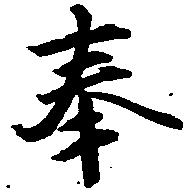
奉